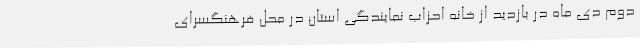
دوم دی ماه در بازدید از خانه احزاب نمایندگی استان در محل فرهنگسرای